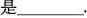
是___。